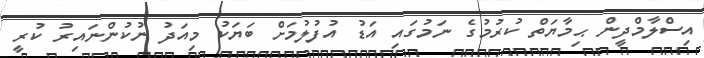
އިސްލާމްދީން ޙިމާޔަތް ކުރުމުގެ ނަމުގައި އަޑު އުފުލުމަށް ބަޔަކު މިއަދު ނުކުންނައިރު ކުރީ